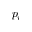
p _ { i }